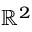
\mathbb { R } ^ { 2 }